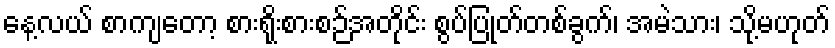
နေ့လယ် စာကျတော့ စားရိုးစားစဉ်အတိုင်း စွပ်ပြုတ်တစ်ခွက်၊ အမဲသား၊ သို့မဟုတ်